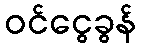
ဝင်ငွေခွန်